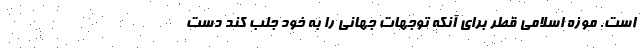
است. موزه اسلامی قطر برای آنکه توجهات جهانی را به خود جلب کند دست